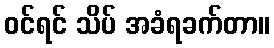
ဝင်ရင် သိပ် အခံရခက်တာ။